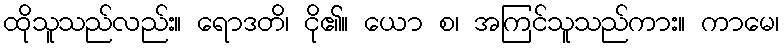
ထိုသူသည်လည်း။ ရောဒတိ၊ ငို၏။ ယော စ၊ အကြင်သူသည်ကား။ ကာမေ၊